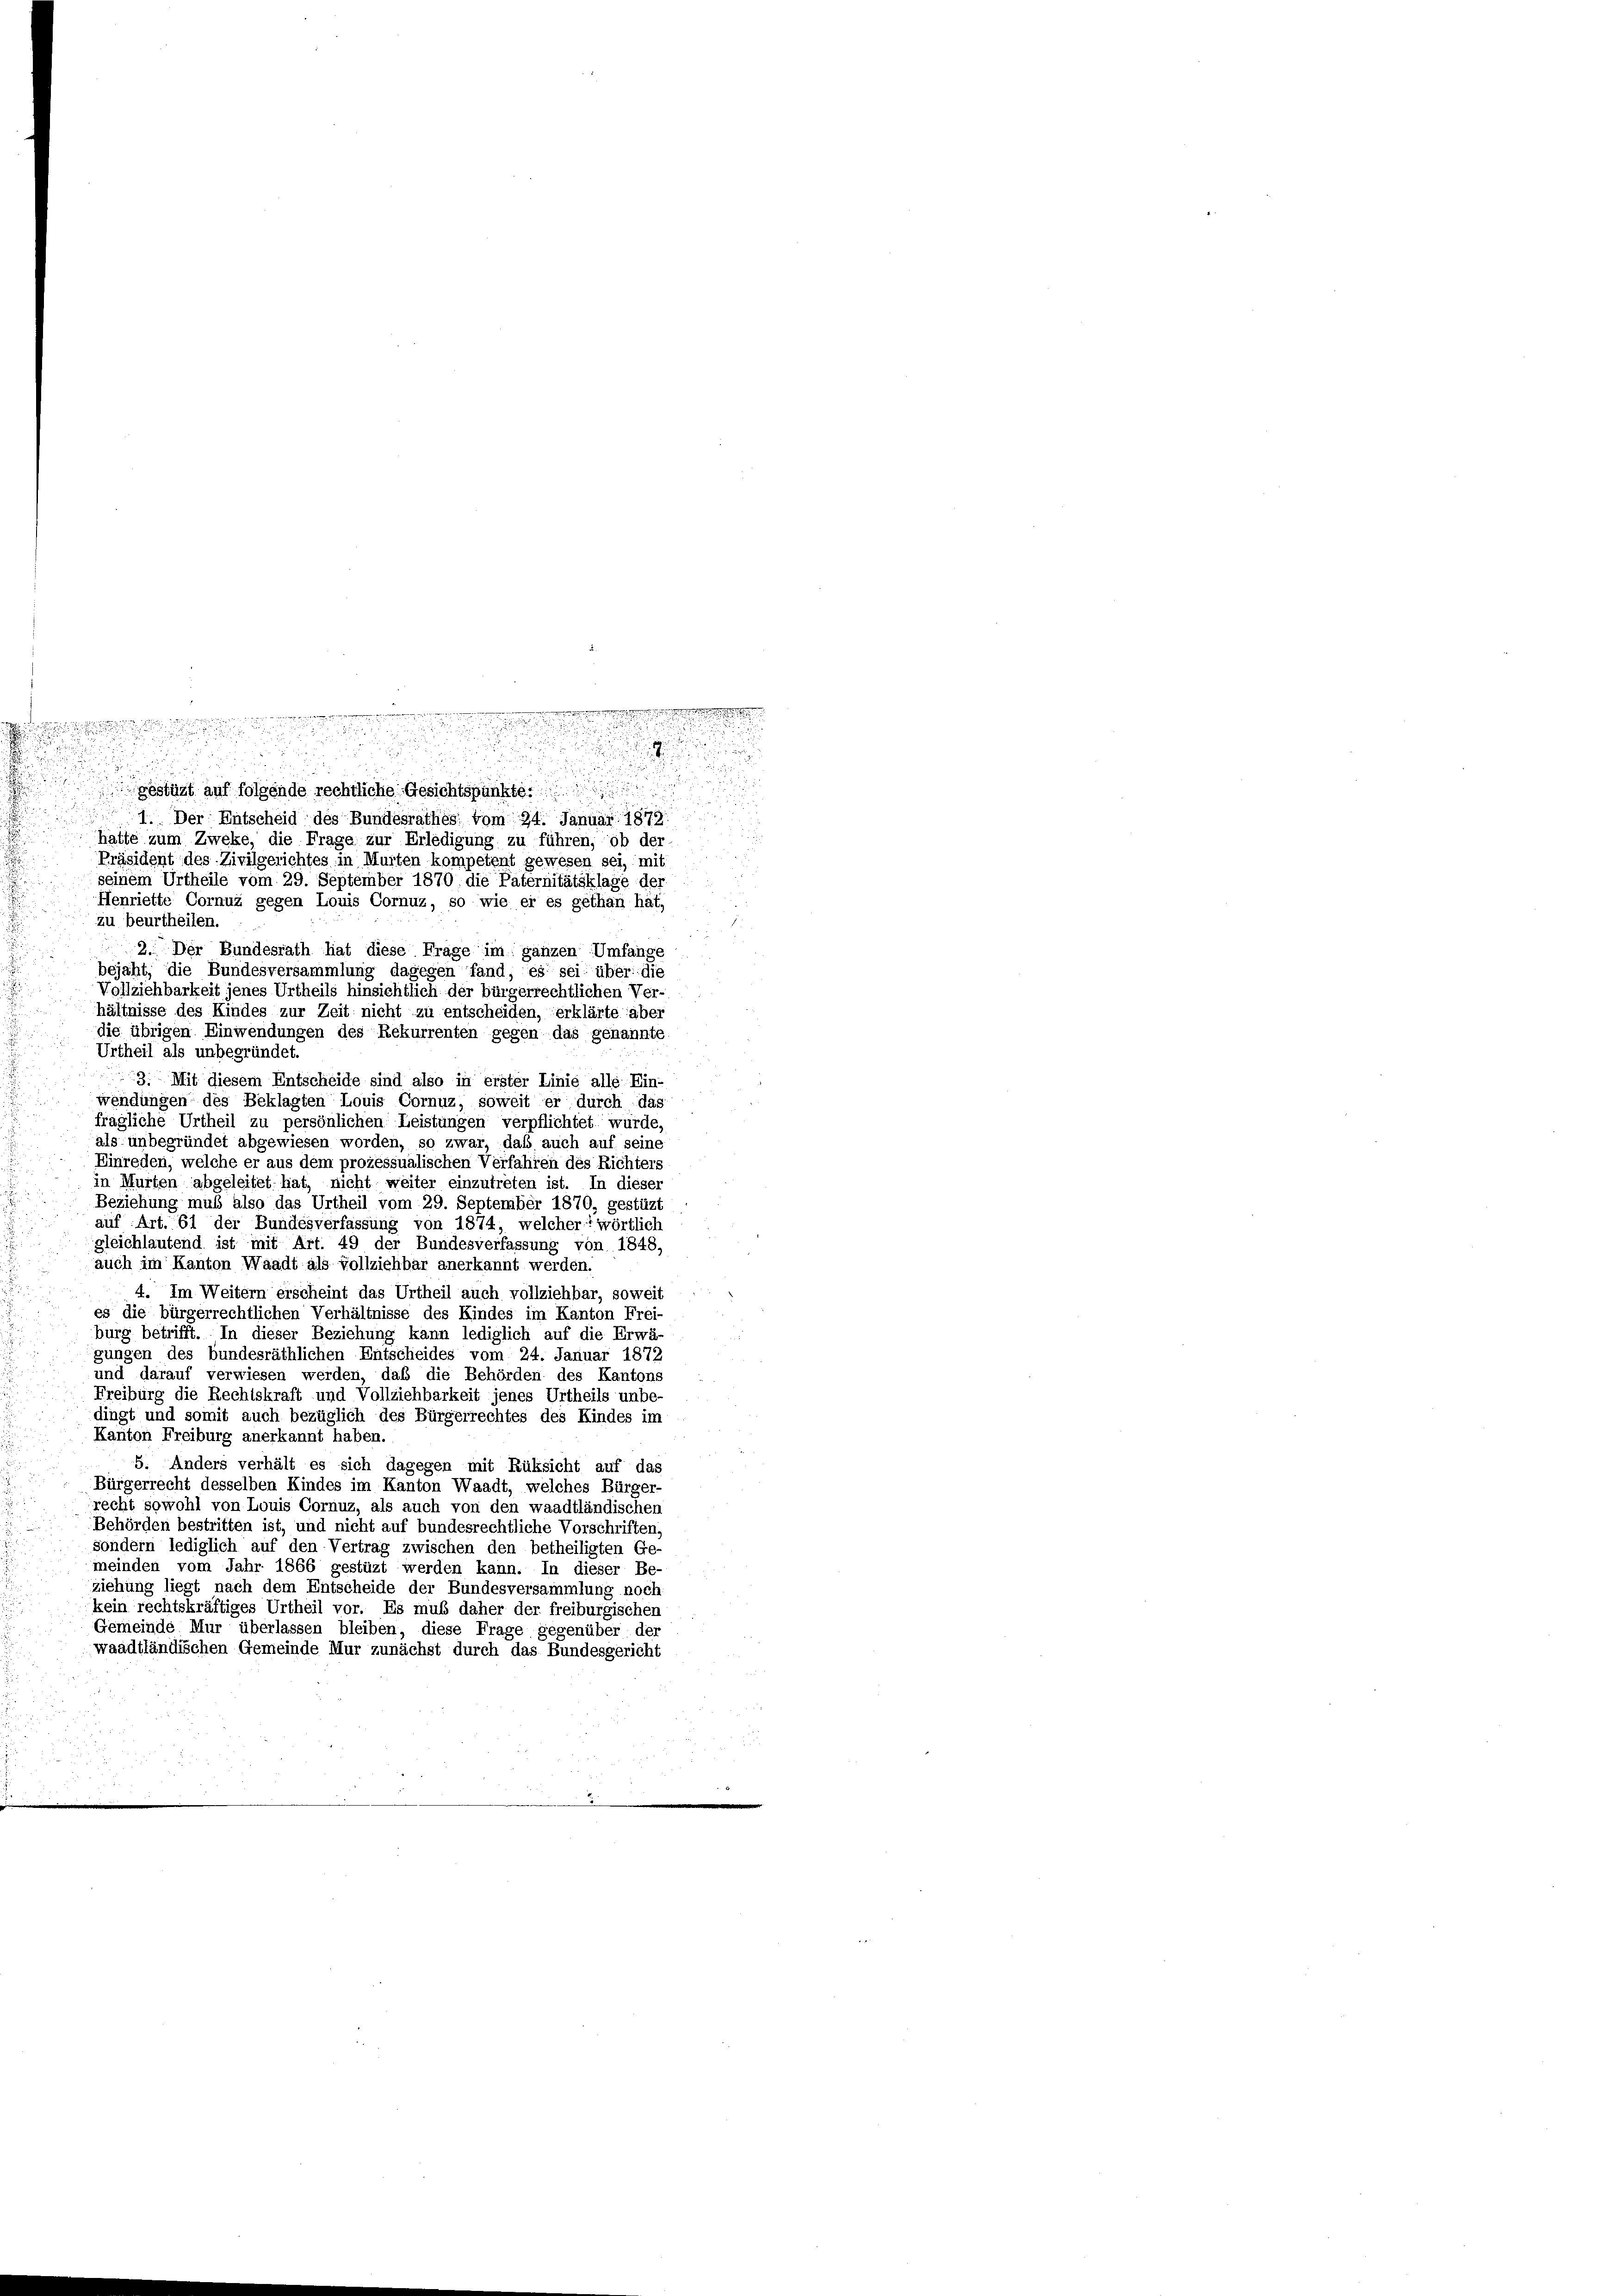
.
gestüzt auf folgende rechtliche Gesichtspunkte.
1. Der Entscheid des Bundesrathes vom 24. Januar 1872
hatte zum Zweke, die Frage zur Erledigung zu führen, ob der
Präsident des Zivilgerichtes in Murten kompetent gewesen sei, mit
seinem Urtheile vom 29. September 1870, die Paternitätsklage der
Henriette Cornuà gegen Louis Cornuz, so wie er es gethan hat,
zu beurtheilen.
2. Der Bundesrath hat diese Frage im ganzen Umfange
bejaht, die Bundesversammlung dagegen fand, es sei über die
Vollziehbarkeit jenes Urtheils hinsichtlich der bürgerrechtlichen Ver-
hältnisse des Kindes zur Zeit nicht zu entscheiden, erklärte aber
die übrigen Einwendungen des Rekurrenten gegen das genannte
Urtheil als unbegründet.
3. Mit diesem Entscheide sind also in erster Linie alle Ein-
wendungen des Beklagten Louis Cornuz, soweit er durch das
fragliche Urtheil zu persönlichen Leistungen verpflichtet wurde,
als unbegründet abgewiesen worden, so zwar, daß auch auf seine
Einreden, welche er aus dem prozessualischen Verfahren des Richters
in Murten abgeleitet hat, nicht weiter einzutreten ist. In dieser
Beziehung muß also das Urtheil vom 29. September 1870, gestüzt
auf Art. 61 der Bundesverfassung von 1874, welcher wörtlich
gleichlautend ist mit Art. 49 der Bundesverfassung von 1848,
auch im Kanton Waadt als vollziehbar anerkannt werden.
4. Im Weitern erscheint das Urtheil auch vollziehbar, soweit
es die bürgerrechtlichen Verhältnisse des Kindes im Kanton Frei-
burg betrifft. In dieser Beziehung kann lediglich auf die Erwä-
gungen des bundesräthlichen Entscheides vom 24. Januar 1872
und darauf verwiesen werden, daß die Behörden des Kantons
Freiburg die Rechtskraft und Vollziehbarkeit jenes Urtheils unbe-
dingt und somit auch bezüglich des Bürgerrechtes des Kindes im
Kanton Freiburg anerkannt haben.
5. Anders verhält es sich dagegen mit Rüksicht auf das
Bürgerrecht desselben Kindes im Kanton Waadt, welches Bürger-
recht sowohl von Louis Cornuz, als auch von den waadtländischen
Behörden bestritten ist, und nicht auf bundesrechtliche Vorschriften,
sondern lediglich auf den Vertrag zwischen den betheiligten Ge-
meinden vom Jahr 1866 gestüzt werden kann. In dieser Be-
ziehung liegt nach dem Entscheide der Bundesversammlung noch
kein rechtskräftiges Urtheil vor. Es muß daher der freiburgischen
Gemeinde Mur überlassen bleiben, diese Frage gegenüber der
waadtländischen Gemeinde Mur zunächst durch das Bundesgericht

n
e

m
2
u
d

.